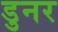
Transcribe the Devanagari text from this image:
डुनर